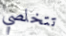
تتخلصي